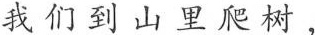
我们到山里爬树，